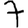
Digit: 7